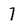
Character: 7